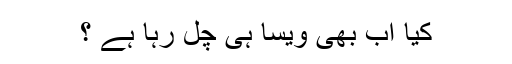
کیا اب بھی ویسا ہی چل رہا ہے ؟